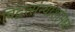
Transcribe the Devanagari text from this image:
विद्वत्संन्याशांमध्ये